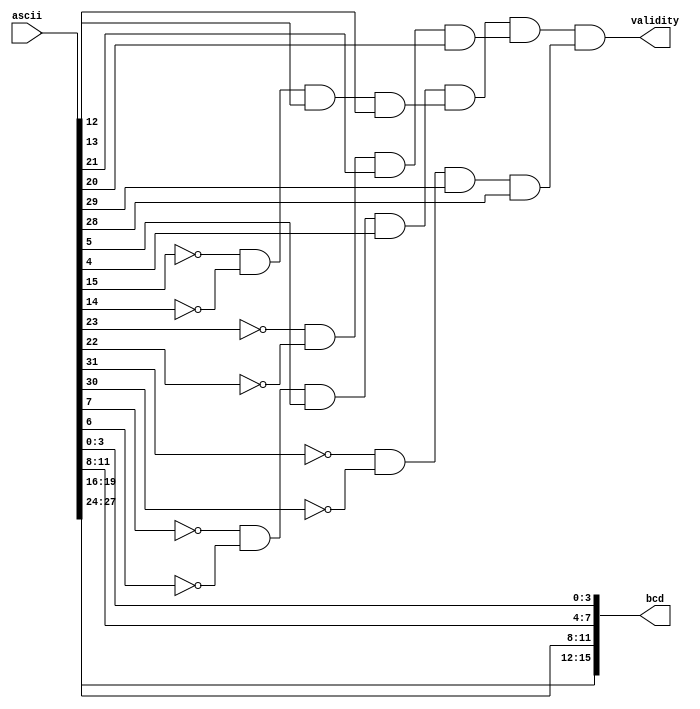
//ascii to bcd conversitaion
module conversion(ascii,bcd,validity);
input [31:0] ascii;
output [15:0] bcd;
output validity;
wire [3:0]check;
wire [7:0]a1,a2,a3,a4;
//validating whether the ascii codes are true or not
assign check[0]=(~ascii[7])&(~ascii[6])&ascii[5]&ascii[4];
assign check[1]=(~ascii[15])&(~ascii[14])&ascii[13]&ascii[12];
assign check[2]=(~ascii[23])&(~ascii[22])&ascii[21]&ascii[20];
assign check[3]=(~ascii[31])&(~ascii[30])&ascii[29]&ascii[28];
assign validity=check[0]&check[1]&check[2]&check[3];
//dividing the ascii values into 4 individual parts
assign a1=ascii[7:0];
assign a2=ascii[15:8];
assign a3=ascii[23:16];
assign a4=ascii[31:24];
assign bcd={a4[3:0],a3[3:0],a2[3:0],a1[3:0]};
endmodule

//bcd to ascii conversion
module conversion2(bcd,ascii);
output [31:0] ascii;
input [15:0] bcd;
wire [15:0]b1,b2,b3,b4;
assign b1[3:0]=bcd[3:0];
assign b2[3:0]=bcd[7:4];
assign b3[3:0]=bcd[11:8];
assign b4[3:0]=bcd[15:12];
assign b1[7:4]=4'b0011;
assign b2[7:4]=4'b0011;
assign b3[7:4]=4'b0011;
assign b4[7:4]=4'b0011;
assign ascii[7:0]=b1[7:0];
assign ascii[15:8]=b2[7:0];
assign ascii[23:16]=b3[7:0];
assign ascii[31:23]=b4[7:0];
endmodule